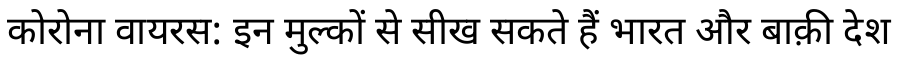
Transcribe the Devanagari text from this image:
कोरोना वायरस: इन मुल्कों से सीख सकते हैं भारत और बाक़ी देश